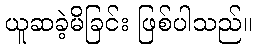
ယူဆခဲ့မိခြင်း ဖြစ်ပါသည်။